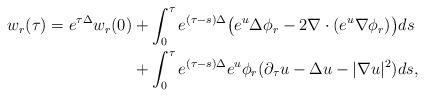
LaTeX: \begin{align*}w_r(\tau) = e^{\tau \Delta}w_r(0) &+ \int_0^\tau e^{(\tau - s)\Delta}\big(e^u \Delta \phi_r - 2\nabla \cdot (e^u \nabla \phi_r)\big) ds \\&+ \int_0^\tau e^{(\tau - s)\Delta}e^u\phi_r (\partial_\tau u - \Delta u - |\nabla u|^2)ds,\end{align*}